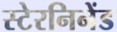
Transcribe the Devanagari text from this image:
स्टेरनिनेंड